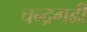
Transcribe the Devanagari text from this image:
चन्द्रगढी